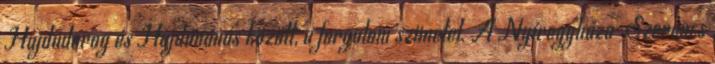
Hajdúdorog és Hajdúnánás között, a forgalom szünetel. A Nyíregyháza-Szerencs